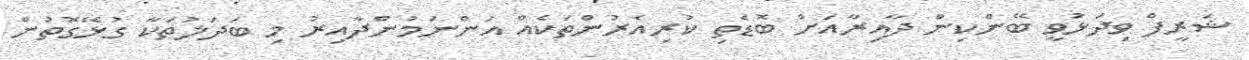
ޝަރީފް ވިދަޅުވީ ބޭންކިން ދާއިރާއަށް ބޮޑެތި ކުރިއެރުންތަކެއް އަންނަމުންދާއިރު މި ބަދަލުތަކާ ގުޅޭގޮތުން